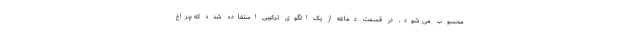
محسوب می شود. در قسمت دماغه از یک الگوی ترکیبی استفاده شده که چراغ